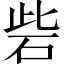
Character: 砦